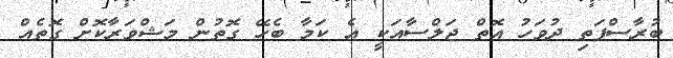
ބުރާސްފަތި ދުވަހު އޮތް ޖަލްސާއަކީ އެ ކަމާ ބެހޭ ގޮތުން މަޝްވަރާކޮށް ގޮތެއް